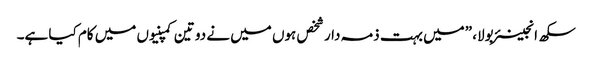
سکھ انجینئر بولا، ”میں بہت ذمہ دار شخص ہوں میں نے دو تین کمپنیوں میں کام کیا ہے۔